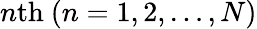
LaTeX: n\mathrm{th}~(n=1,2,\ldots,N)